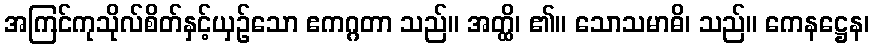
အကြင်ကုသိုလ်စိတ်နှင့်ယှဉ်သော ဧကဂ္ဂတာ သည်။ အတ္ထိ၊ ၏။ သောသမာဓိ၊ သည်။ ကေနဋ္ဌေန၊